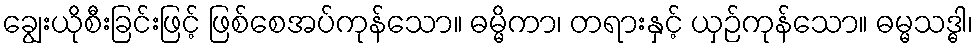
ချွေးယိုစီးခြင်းဖြင့် ဖြစ်စေအပ်ကုန်သော။ ဓမ္မိကာ၊ တရားနှင့် ယှဉ်ကုန်သော။ ဓမ္မသဒ္ဓါ၊